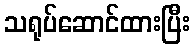
သရုပ်ဆောင်ထားပြီး